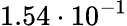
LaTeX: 1.54\cdot 10^{-1}